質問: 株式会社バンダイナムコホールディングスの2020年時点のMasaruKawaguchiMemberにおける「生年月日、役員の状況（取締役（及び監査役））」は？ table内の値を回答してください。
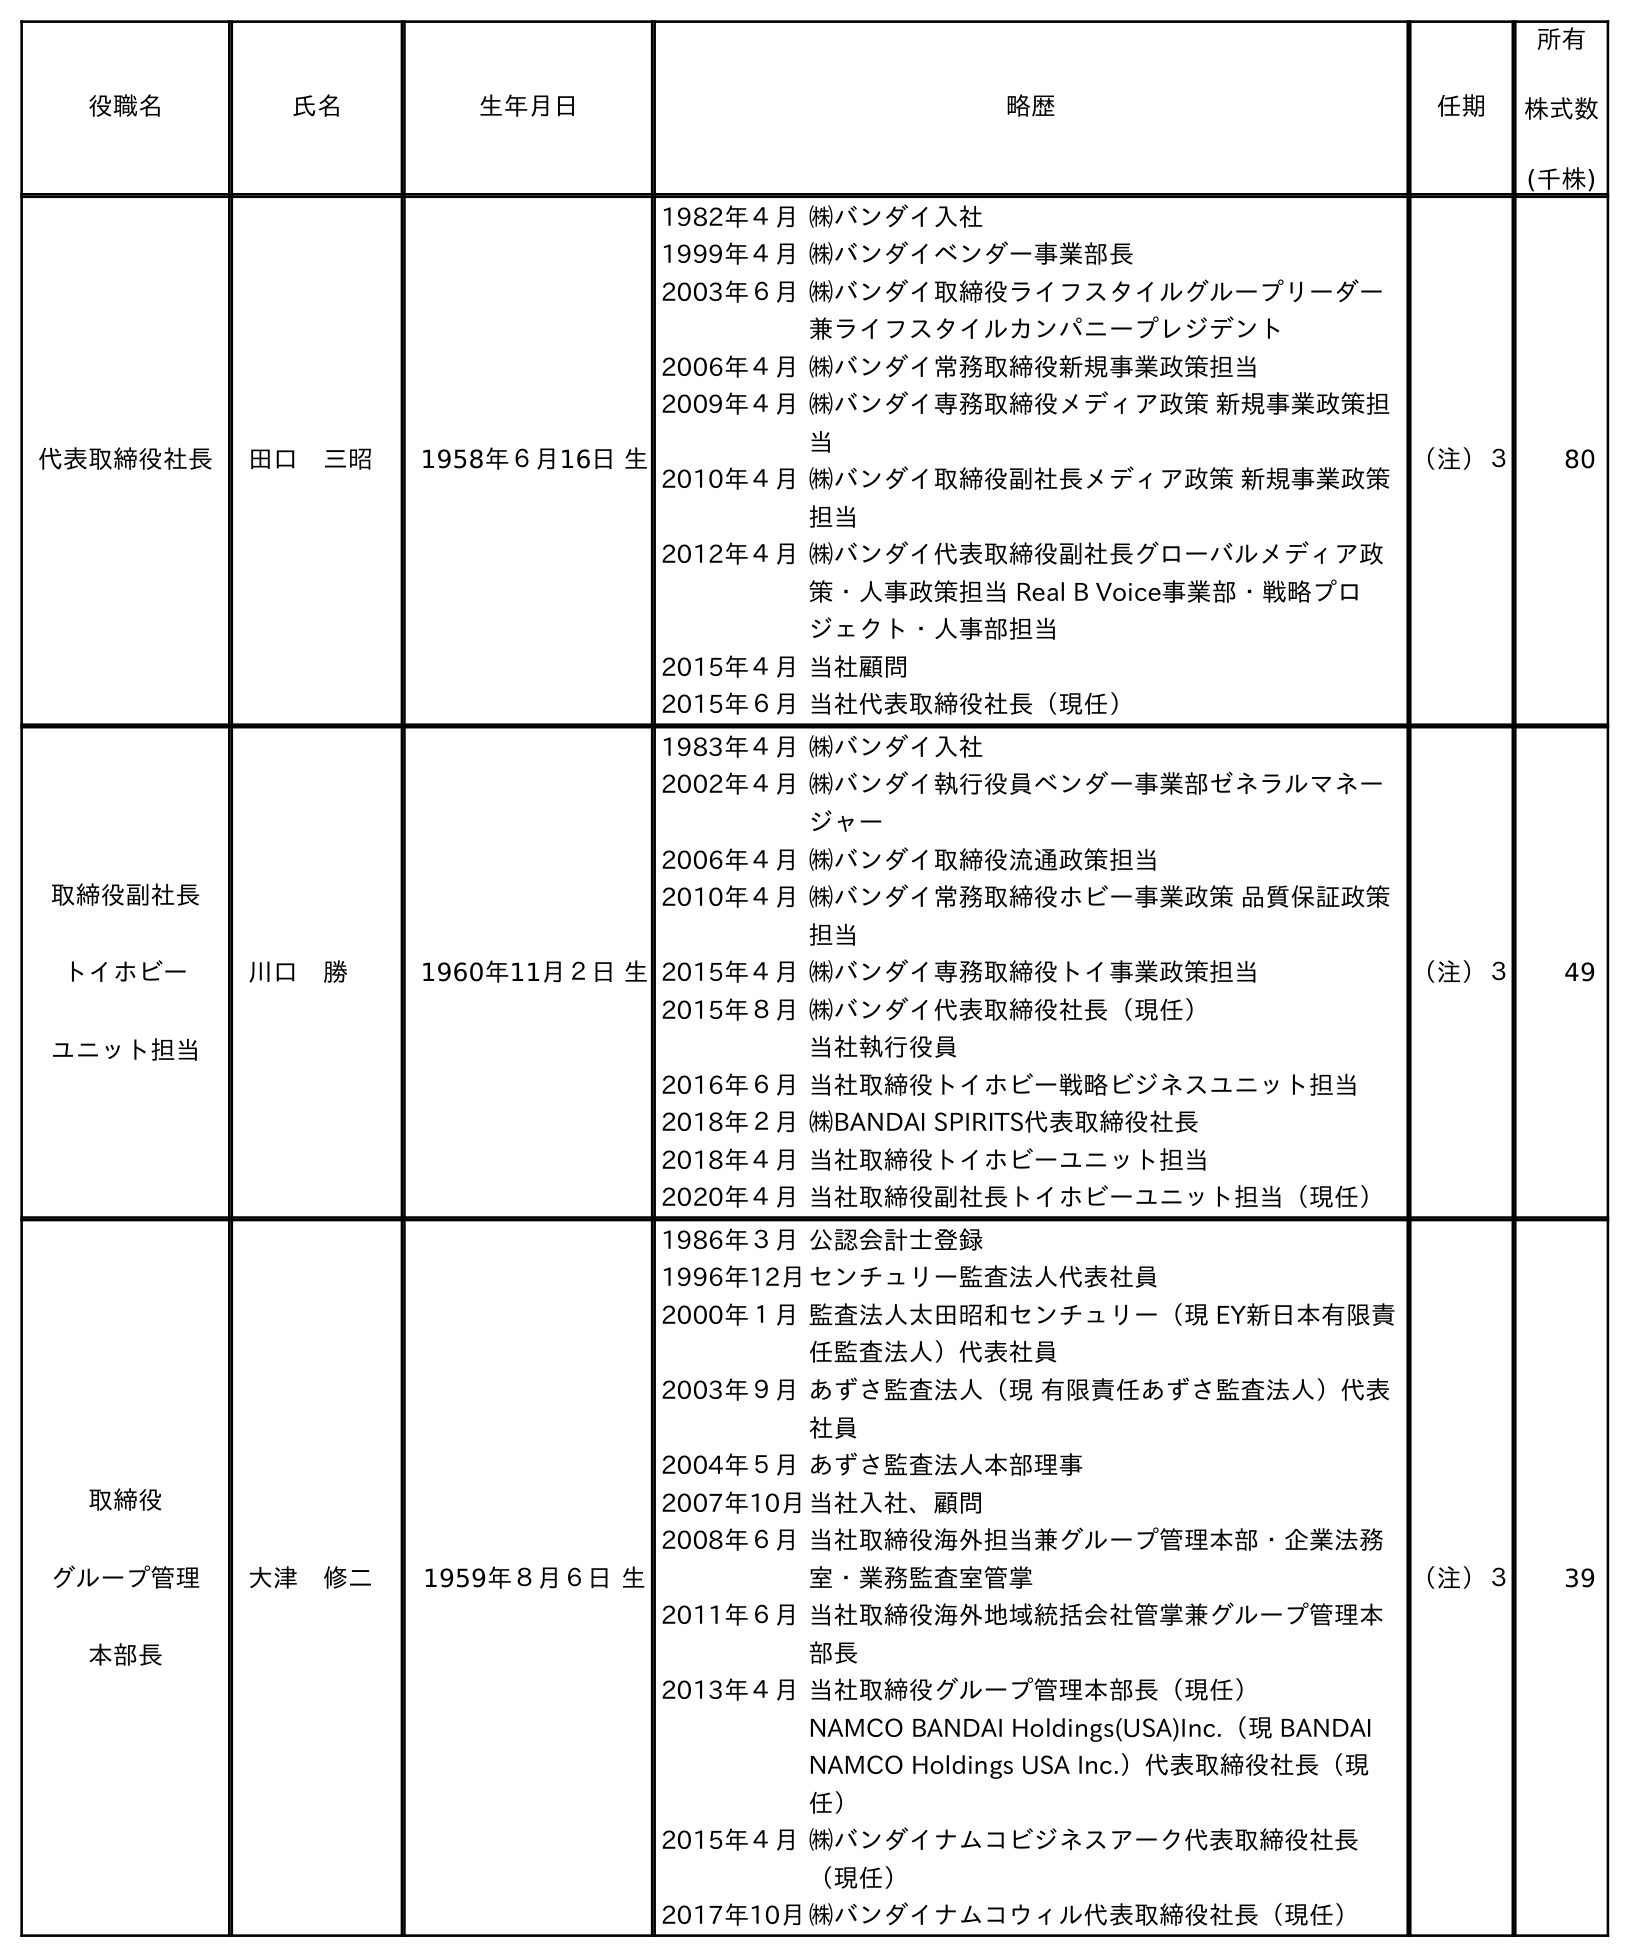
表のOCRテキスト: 役職名 氏名 生年月日 略歴 任期 所有 株式数 (千株) 代表取締役社長 田口 三昭 1958年６月16日 生 1982年４月㈱バンダイ入社 1999年４月㈱バンダイベンダー事業部長 2003年６月㈱バンダイ取締役ライフスタイルグループリーダー 兼ライフスタイルカンパニープレジデント 2006年４月㈱バンダイ常務取締役新規事業政策担当 2009年４月㈱バンダイ専務取締役メディア政策 新規事業政策担 当 2010年４月㈱バンダイ取締役副社長メディア政策 新規事業政策 担当 2012年４月㈱バンダイ代表取締役副社長グローバルメディア政 策・人事政策担当 Real B Voice事業部・戦略プロ ジェクト・人事部担当 2015年４月当社顧問 2015年６月当社代表取締役社長（現任） （注）３ 80 取締役副社長 トイホビー ユニット担当 川口 勝 1960年11月２日 生 1983年４月㈱バンダイ入社 2002年４月㈱バンダイ執行役員ベンダー事業部ゼネラルマネー ジャー 2006年４月㈱バンダイ取締役流通政策担当 2010年４月㈱バンダイ常務取締役ホビー事業政策 品質保証政策 担当 2015年４月㈱バンダイ専務取締役トイ事業政策担当 2015年８月㈱バンダイ代表取締役社長（現任） 当社執行役員 2016年６月当社取締役トイホビー戦略ビジネスユニット担当 2018年２月㈱BANDAI SPIRITS代表取締役社長 2018年４月当社取締役トイホビーユニット担当 2020年４月当社取締役副社長トイホビーユニット担当（現任） （注）３ 49 取締役 グループ管理 本部長 大津 修二 1959年８月６日 生 1986年３月公認会計士登録 1996年12月センチュリー監査法人代表社員 2000年１月監査法人太田昭和センチュリー（現 EY新日本有限責 任監査法人）代表社員 2003年９月あずさ監査法人（現 有限責任あずさ監査法人）代表 社員 2004年５月あずさ監査法人本部理事 2007年10月当社入社、顧問 2008年６月当社取締役海外担当兼グループ管理本部・企業法務 室・業務監査室管掌 2011年６月当社取締役海外地域統括会社管掌兼グループ管理本 部長 2013年４月当社取締役グループ管理本部長（現任） NAMCO BANDAI Holdings(USA)Inc.（現 BANDAI NAMCO Holdings USA Inc.）代表取締役社長（現 任） 2015年４月㈱バンダイナムコビジネスアーク代表取締役社長 （現任） 2017年10月㈱バンダイナムコウィル代表取締役社長（現任） （注）３ 39
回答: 1960年11月２日生